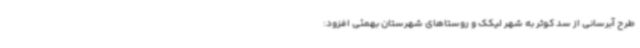
طرح آبرسانی از سد کوثر به شهر لیکک و روستاهای شهرستان بهمئی افزود: